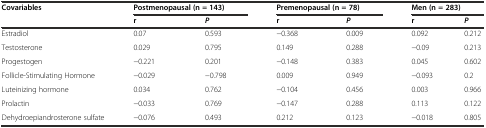
<table><thead><tr><td><b>Covariables</b></td><td colspan="2"><b>Postmenopausal (n = 143)</b></td><td colspan="2"><b>Premenopausal (n = 78)</b></td><td colspan="2"><b>Men (n = 283)</b></td></tr><tr><td>[EMPTY_CELL]</td><td><b>r</b></td><td><b><i>P</i></b></td><td><b>r</b></td><td><b><i>P</i></b></td><td><b>r</b></td><td><b><i>P</i></b></td></tr></thead><tbody><tr><td>Estradiol</td><td>0.07</td><td>0.593</td><td>−0.368</td><td>0.009</td><td>0.092</td><td>0.212</td></tr><tr><td>Testosterone</td><td>0.029</td><td>0.795</td><td>0.149</td><td>0.288</td><td>−0.09</td><td>0.213</td></tr><tr><td>Progestogen</td><td>−0.221</td><td>0.201</td><td>−0.148</td><td>0.383</td><td>0.045</td><td>0.602</td></tr><tr><td>Follicle-Stimulating Hormone</td><td>−0.029</td><td>−0.798</td><td>0.009</td><td>0.949</td><td>−0.093</td><td>0.2</td></tr><tr><td>Luteinizing hormone</td><td>0.034</td><td>0.762</td><td>−0.104</td><td>0.456</td><td>0.003</td><td>0.966</td></tr><tr><td>Prolactin</td><td>−0.033</td><td>0.769</td><td>−0.147</td><td>0.288</td><td>0.113</td><td>0.122</td></tr><tr><td>Dehydroepiandrosterone sulfate</td><td>−0.076</td><td>0.493</td><td>0.212</td><td>0.123</td><td>−0.018</td><td>0.805</td></tr></tbody></table>